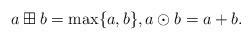
LaTeX: \begin{align*}a \boxplus b = \max \{ a,b \}, a \odot b = a+b. \end{align*}